Code of medical and sanitary regulations for the guidance of medical officers serving in the Madras Presidency - Volume II
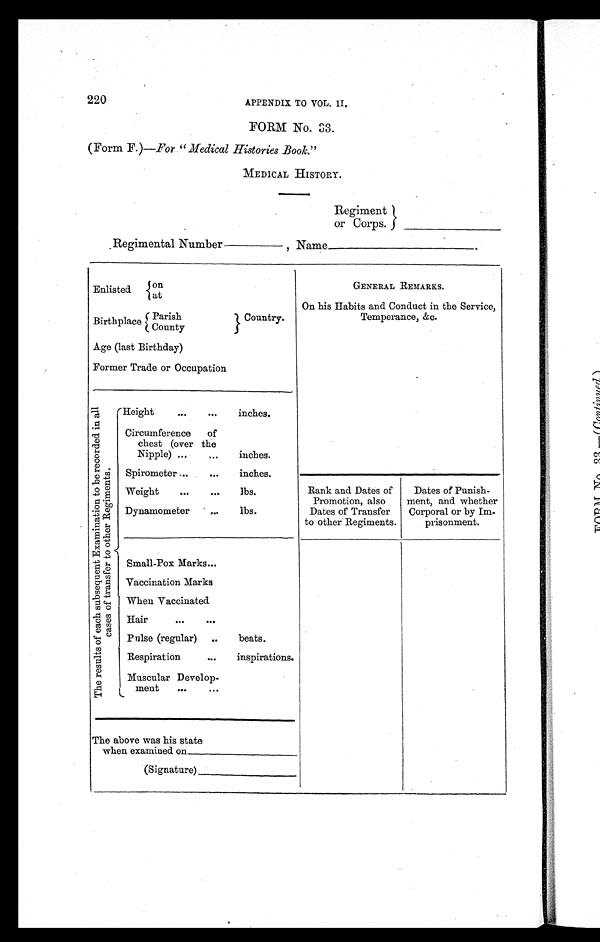
220
APPENDIX TO VOL. II.
FORM No. 33.
(Form F.)—For "Medical Histories Book."
MEDICAL HISTORY.
Regiment
or Corps.________________
Regimental Number___________ , Name_____________________
Enlisted
on
GENERAL REMARKS.
at
On his Habits and Conduct in the Service,
Temperance, &c.
Birthplace Parish
Country.
County
Age (last Birthday)
Former Trade or Occupation
T h e r e s u l t s o f e a c h s u b s e q u e n t E x a m i n a t i o n t o b e r e c o r d e d i n a l l
c a s e s o f t r a n s f e r t o o t h e r R e g i m e n t s .
Height
. . .
... inches.
Circumference of
chest (over the
Nipple) ...
...
inches.
Spirometer ...
. . .
inches.
Weight
. . .
. . .
lbs.
Rank and Dates of
Promotion, also
Dates of Transfer
to other Regiments.
Dates of Punish-
ment, and whether
Corporal or by Im-
prisonment.
Dynamometer ...
lbs.
Small-Pox Marks...
Vaccination Marks
When Vaccinated
Hair
. . . . . .
Pulse (regular) . . .
beats.
Respiration
. . .
inspirations.
Muscular Develop-
ment
...
...
The above was his state
when examined on__________________
(Signature)_________________